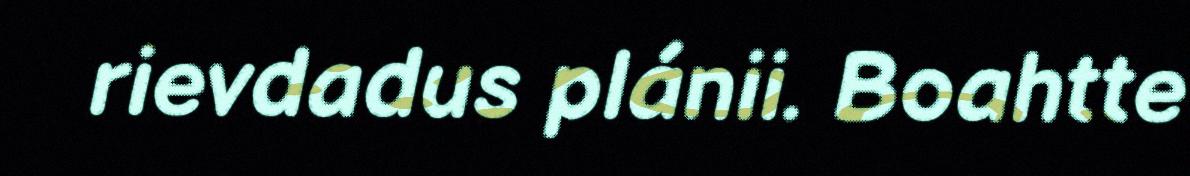
rievdadus plánii. Boahtte